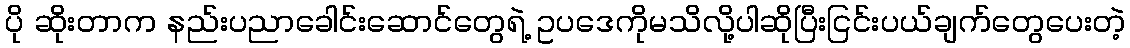
ပို ဆိုးတာက နည်းပညာခေါင်းဆောင်တွေရဲ့ ဥပဒေကိုမသိလို့ပါဆိုပြီးငြင်းပယ်ချက်တွေပေးတဲ့